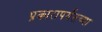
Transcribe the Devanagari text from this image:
प्रकारापर्यंतच्या